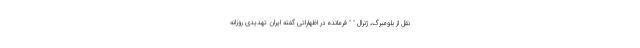
نقل از بلومبرگ، ژنرال " " فرمانده در اظهاراتی گفته ایران تهدیدی روزانه